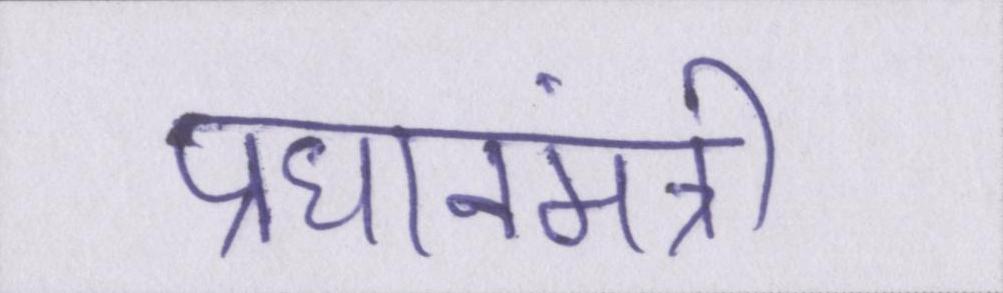
प्रधानमंत्री